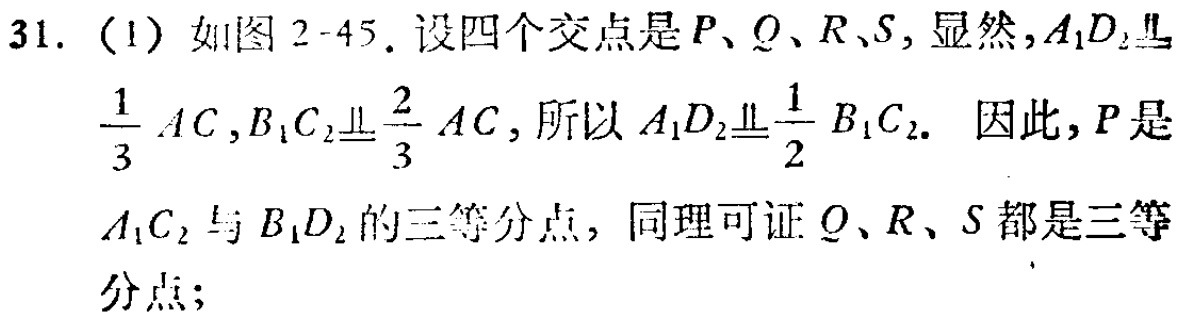
31. (1) 如图 2-45. 设四个交点是 \(P、Q、R、S\)，显然，\(A_1D_2\equalparallel\frac{1}{3}AC\)，\(B_1C_2\equalparallel\frac{2}{3}AC\)，所以 \(A_1D_2\equalparallel\frac{1}{2}B_1C_2\). 因此，\(P\) 是 \(A_1C_2\) 与 \(B_1D_2\) 的三等分点，同理可证 \(Q、R、S\) 都是三等分点；